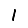
Digit: 1